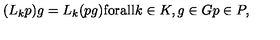
( L _ { k } p ) g = L _ { k } ( p g ) \mathrm { f o r a l l } k \in K , g \in G p \in P ,